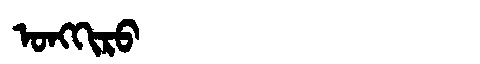
Manchu: ᠣᠩᡴᡳᡵᠣ
Romanization: ONGKIRO